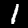
Label: 1